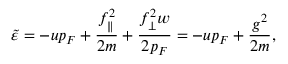
\ensuremath { \widetilde { \varepsilon } } = - u p _ { F } + \frac { f _ { \parallel } ^ { 2 } } { 2 m } + \frac { f _ { \perp \vphantom { \parallel } } ^ { 2 } w } { 2 p _ { F } } = - u p _ { F } + \frac { g ^ { 2 } } { 2 m } ,